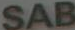
SAB